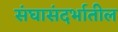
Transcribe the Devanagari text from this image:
संघासंदर्भातील